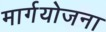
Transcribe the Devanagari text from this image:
मार्गयोजना